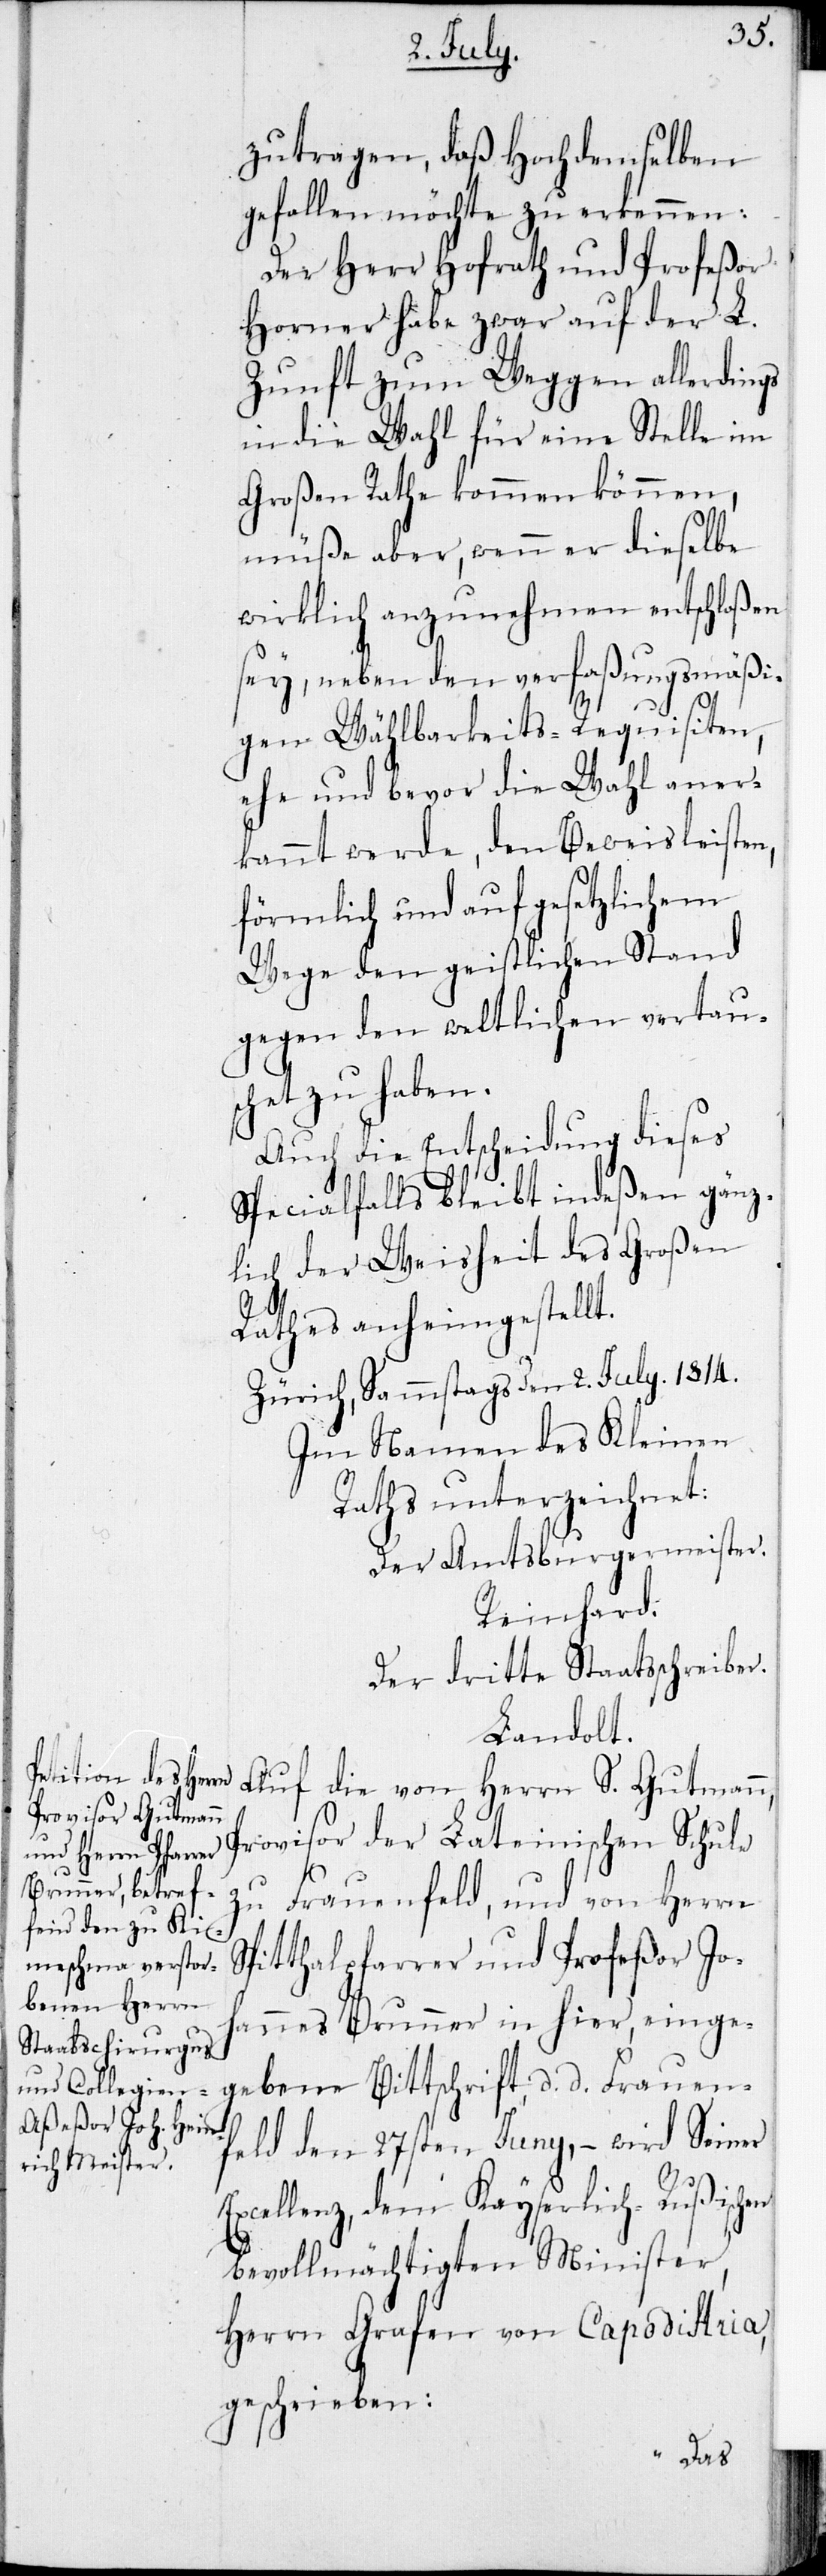
zutragen, daß Hochdemselben
gefallen möchte zu erkennen:
Der Herr Hofrath und Profeßor
Horner habe zwar auf der L.
Zunft zum Weggen allerdings
in die Wahl für eine Stelle im
Großen Rathe kommen können,
müße aber, wenn er dieselbe
wirklich anzunehmen entschloßen
sey, neben den verfaßungsmäßi¬
gen Wählbarkeits-Requisiten,
ehe und bevor die Wahl aner¬
kannt werde, den Beweis leisten,
förmlich und auf gesetzlichem
Wege den geistlichen Stand
gegen den weltlichen vertaus¬
chet zu haben.
Auch die Entscheidung dieses
Speciallfalls bleibt indeßen gänz¬
lich der Weisheit des Großen
Rathes anheimgestellt.
Zürich, Sammstags den 2. July 1814.
Im Namen des Kleinen
Raths unterzeichnet:
der Amtsburgermeister.
Reinhard.
Der dritte Staatsschreiber.
Landolt.
Auf die von Herrn S. Gutmann,
Provisor der Lateinischen Schule
zu Frauenfeld, und von Herrn
Spithalpfarrer und Profeßor Jo¬
hannes Brunner in hier, einge¬
gebene Bittschrift d. d. Frauen¬
feld den 27sten Juny, – wird Seiner
Excellenz dem Kayserlich-Rußischen
bevollmächtigten Minister,
Herrn Grafen von Capodistria,
geschrieben: